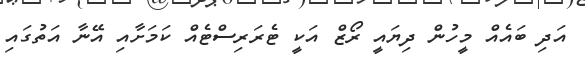
އަދި ބައެއް މީހުން ދިޔައީ ރޯޒް އަކީ ޓެރަރިސްޓެއް ކަމަށާއި އޭނާ އަތުގައި